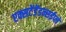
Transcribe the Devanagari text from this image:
एक्सटेंडेंडन्सईप्ले